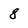
Character: 8